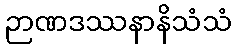
ဉာဏဒဿနာနိသံသံ